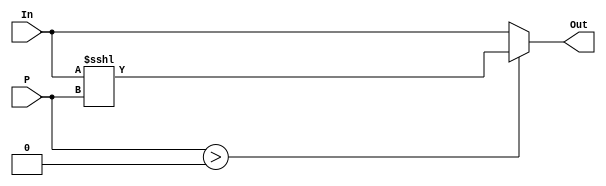

module SLL32_Bit(Out , In , P);

  // Vectors

    input  [4:0]  P ; // # of Positions

    input  [31:0] In ; //Input
  
    output [31:0] Out ;// output
  
  // Out = (2)^P * In 
  
    assign Out = (P > 0) ? (In <<< P) : In ;


endmodule